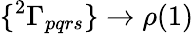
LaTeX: \{ {^{2}\Gamma_{pqrs}}\} \to\rho(1)